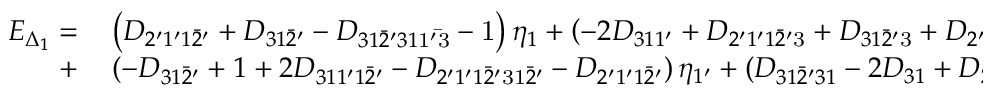
\begin{array} { r l } { E _ { \Delta _ { 1 } } = } & { { } \left( { { D _ { 2 ^ { \prime } 1 ^ { \prime } 1 \bar { 2 } ^ { \prime } } } + { D _ { 3 1 \bar { 2 } ^ { \prime } } } - { D _ { 3 1 \bar { 2 } ^ { \prime } 3 1 \mathrm { { 1 ^ { \prime } \bar { 3 } } } } } - \mathrm { { 1 } } } \right) { \eta _ { 1 } } + \left( { - 2 { D _ { 3 1 1 ^ { \prime } } } + { D _ { 2 ^ { \prime } 1 ^ { \prime } 1 \bar { 2 } ^ { \prime } \mathrm { { 3 } } } } + { D _ { 3 1 \bar { 2 } ^ { \prime } \mathrm { { 3 } } } } + { D _ { 2 ^ { \prime } 1 ^ { \prime } } } - { D _ { 3 } } } \right) { \eta _ { 2 } } } \\ { + } & { { } \left( { - { D _ { 3 1 \bar { 2 } ^ { \prime } } } + 1 + 2 { D _ { 3 1 1 ^ { \prime } 1 \bar { 2 } ^ { \prime } } } - { D _ { 2 ^ { \prime } 1 ^ { \prime } 1 \bar { 2 } ^ { \prime } \mathrm { { 3 1 } } \bar { 2 } ^ { \prime } } } - { D _ { 2 ^ { \prime } 1 ^ { \prime } 1 \bar { 2 } ^ { \prime } } } } \right) { \eta _ { 1 ^ { \prime } } } + \left( { { D _ { 3 1 \bar { 2 } ^ { \prime } 3 1 } } - 2 { D _ { 3 1 } } + { D _ { 2 ^ { \prime } } } } \right) { \eta _ { 3 ^ { \prime } } } . } \end{array}